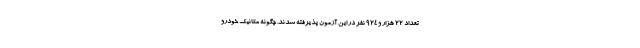
تعداد ۲۲ هزار و ۹۲۴ نفر در این آزمون پذیرفته شدند. چگونه مکانیک خودرو